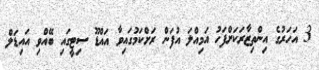
3 އަހަރުގެ އިންތިޒާރަކަށްފަހު އަމިއްލަ އުފަން ރަށްކަމުގައިވާ އައްޑޫ ސިޓީގައި ބޭއްވި އައިޑަލް